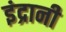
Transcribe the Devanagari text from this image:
इंद्रानी